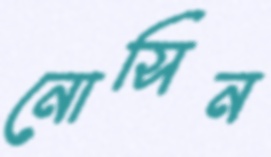
নোসিন